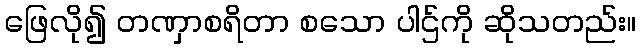
ဖြေလို၍ တဏှာစရိတာ စသော ပါဌ်ကို ဆိုသတည်း။